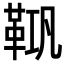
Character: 𮧘